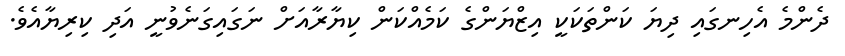
ދެންމެ އެހިނގައި ދިޔަ ކަންތަކަކީ އިޒްޔަންގެ ކަމެއްކަން ކިޔާރާއަށް ނަގައިގަނެވުނީ އަދި ކިރިޔާއެވެ.